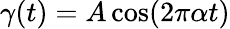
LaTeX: \gamma(t)=A\cos(2\pi\alpha t)